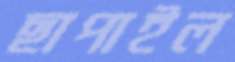
ছাপাইল